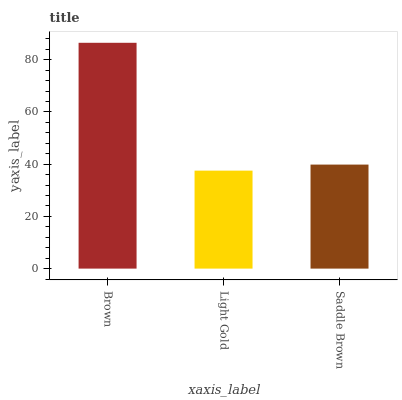
| xaxis_label | bars |
 | --- | --- |
 | Brown | 86.5 |
 | Light Gold | 37.5 |
 | Saddle Brown | 39.9 |